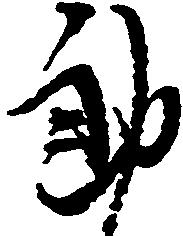
郎